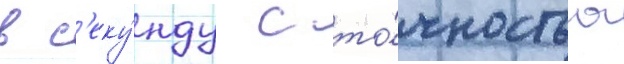
в с'еку́нду с то́чностью